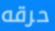
حرقه